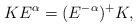
LaTeX: \begin{align*}KE^\alpha=(E^{-\alpha})^+K,\end{align*}